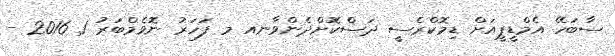
ސާބަހޭ އެމްޑީޕީއަށް ޑިމޮކްރެސީ ދަސްކޮށްދެންވާނއ މ ފަހަރު ނޮވެމްބަރު 1